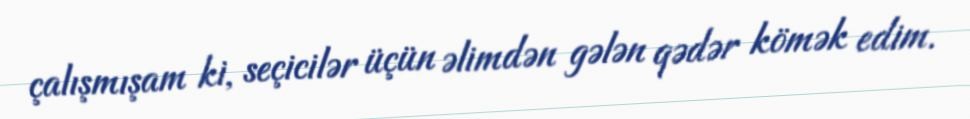
çalışmışam ki, seçicilər üçün əlimdən gələn qədər kömək edim.